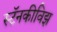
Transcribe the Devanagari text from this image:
स्टॅनकीविझ